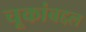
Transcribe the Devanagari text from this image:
चूकांबद्दल